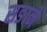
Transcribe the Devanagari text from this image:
सङाने